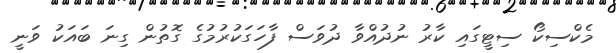
މެކްސިކޯ ސިޓީގައި ކާރު ނުދުއްވާ ދުވަސް ފާހަގަކުރުމުގެ ގޮތުން ގިނަ ބައަކު ވަނީ